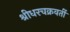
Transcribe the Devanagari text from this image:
श्रीधरचक्रवर्ती